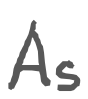
Text: As
Cross-out: clean
Writing tool: digital_gray